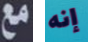
مع إنه